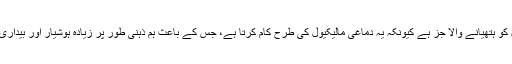
کیفین اس قدرتی عمل کو ہتھیانے والا جز ہے کیونکہ یہ دماغی مالیکیول کی طرح کام کرتا ہے، جس کے باعث ہم ذہنی طور پر زیادہ ہوشیار اور بیداری محسوس کرتے ہیں۔